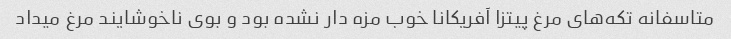
متاسفانه تکه‌های مرغ پیتزا آفریکانا خوب مزه دار نشده بود و بوی ناخوشایند مرغ میداد